Report of the Indian Hemp Drugs Commission, 1894-1895 - Volume VII
Year: 1894
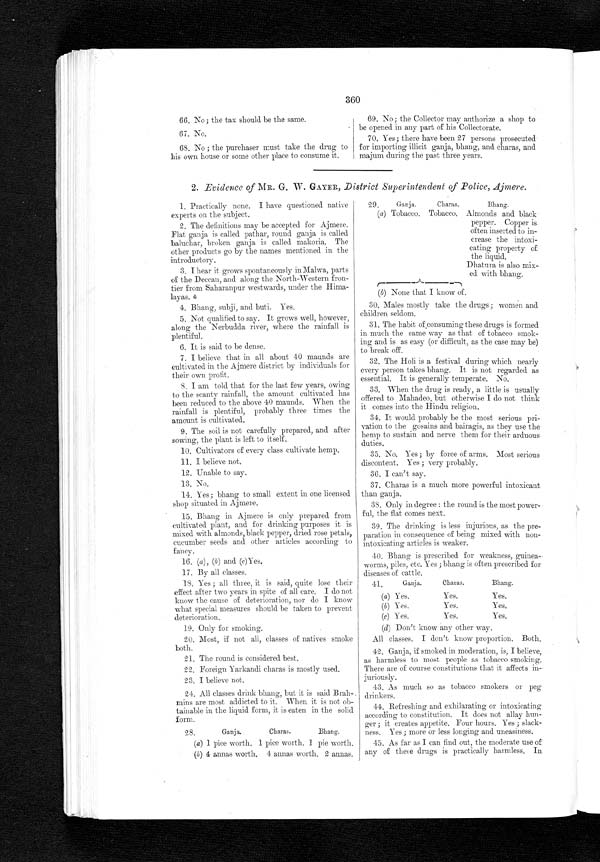
360
66. No; the tax should be the same.
67. No.
68. No; the purchaser must take the drug to
his own house or some other place to consume it.
69. No; the Collector may authorize a shop to
be opened in any part of his Collectorate.
70. Yes; there have been 27 persons prosecuted
for importing illicit ganja, bhang, and charas, and
majum during the past three years.
2. Evidence of MR. G. W. GAYER, District Superintendent of Police, Ajmere.
1. Practically none. I have questioned native
experts on the subject.
2. The definitions may be accepted for Ajmere.
Flat ganja is called pathar, round ganja is called
baluchar, broken ganja is called makoria. The
other products go by the names mentioned in the
introductory.
3. I hear it grows spontaneously in Malwa, parts
of the Deccan, and along the North-Western fron
-tier from Saharanpur westwards, under the Hima-
layas.
4. Bhang, subji, and buti. Yes.
5. Not qualified to say. It grows well, however,
along the Nerbudda river, where the rainfall is
plentiful.
6. It is said to be dense.
7. I believe that in all about 40 maunds are
cultivated in the Ajmere district by individuals for
their own profit.
8. I am told that for the last few years, owing
to the scanty rainfall, the amount cultivated has
been reduced to the above 40 maunds. When the
rainfall is plentiful, probably three times the
amount is cultivated.
9. The soil is not carefully prepared, and after
sowing, the plant is left to itself.
10. Cultivators of every class cultivate hemp.
11.
I believe not.
12. Unable to say.
13. No.
14. Yes; bhang to small extent in one licensed
shop situated in Ajmere.
15. B h a n g i n A j me r e i s o n l y p r e p a r e d . f r o m
cultivated plant, and for drinking purposes it is
mixed with almonds, black pepper, dried rose petals,
cucumber seeds and other articles according to
fancy.
16. (a), (b) and (c) Yes.
17. By all classes.
18. Yes; all three, it is said, quite lose their
effect after two years in spite of all care. I do not
know the cause of deterioration, nor do I know
what special measures should be taken to prevent
deterioration.
19. Only for smoking.
20. Most, if not all, classes of natives smoke
both.
21. The round is considered best.
22. Foreign Yarkandi charas is mostly used.
23. I believe not.
24. All classes drink bhang, but it is said Brah-
mins are most addicted to it. When it is not ob-
tainable in the liquid form, it is eaten in the so
l i d f o r m .
29.
Ganja.
Charas.
Bhang.
(a) Tobacco. Tobacco. Almonds and black
pepper. Copper is.
often inserted to in-
crease the intoxi-
cating property of
the liquid.
Dhatura is also mix-
ed with bhang.
(b) None that I know of.
30. Males mostly take the drugs; women and
children seldom.
31. The habit of consuming these drugs is formed
in much the same way as that of tobacco smok-
ing and is as easy (or difficult, as the case may be)
to break off.
32. The Holi is a festival during which nearly
every person takes bhang. It is not regarded as
essential. It is generally temperate. No.
33. When the drug is ready, a little is usually
offered to Mahadeo, but otherwise I do not think
it comes into the Hindu religion.
34. It would probably be the most serious pri-
vation to the gosains and bairagis, as they use the
hemp to sustain and nerve them for their arduous
duties.
35. No. Yes; by force of arms. Most serious
discontent. Yes; very probably.
36. I can't say.
37. Charas is a much more powerful intoxicant
than ganja.
38. Only in degree: the round is the most power-
ful, the flat comes next.
39. The drinking is less injurious, as the pre-
paration in consequence of being mixed with non-
intoxicating articles is weaker.
40. Bhang is prescribed for weakness, guinea-
worms, piles, etc, Yes; bhang is often prescribed for
diseases of cattle.
41.
G a n j a .
Charas.
Bhang.
(a) Yes.
(b) Yes.
(c) Yes.
Yes.
Yes.
Yes.
Yes.
Yes.
Yes.
(d) Don't know any other way.
All classes. I don't know proportion. Both.
42. Ganja, if smoked in moderation, is, I believe,
as harmless to most people as tobacco smoking.
There are of course constitutions that it affects in–
juriously.
43. As much so as tobacco smoker's or peg
drinkers.
44. Refreshing and exhilarating or intoxicating according to constitution. It does not allay hun-
ger; it creates appetite. Four hours. Yes; slack-
ness. Yes; more or less longing and uneasiness.
45. As far as I can find out, the moderate use of
any of these drugs is practically harmless. In.
28.
Ganja.
Charas.
Bhang.
(a) 1 pice worth.
(b) 4 annas worth.
1 pice worth.
4 annas worth.
1 p i e w o r t h .
2 annas.